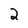
Character: 2